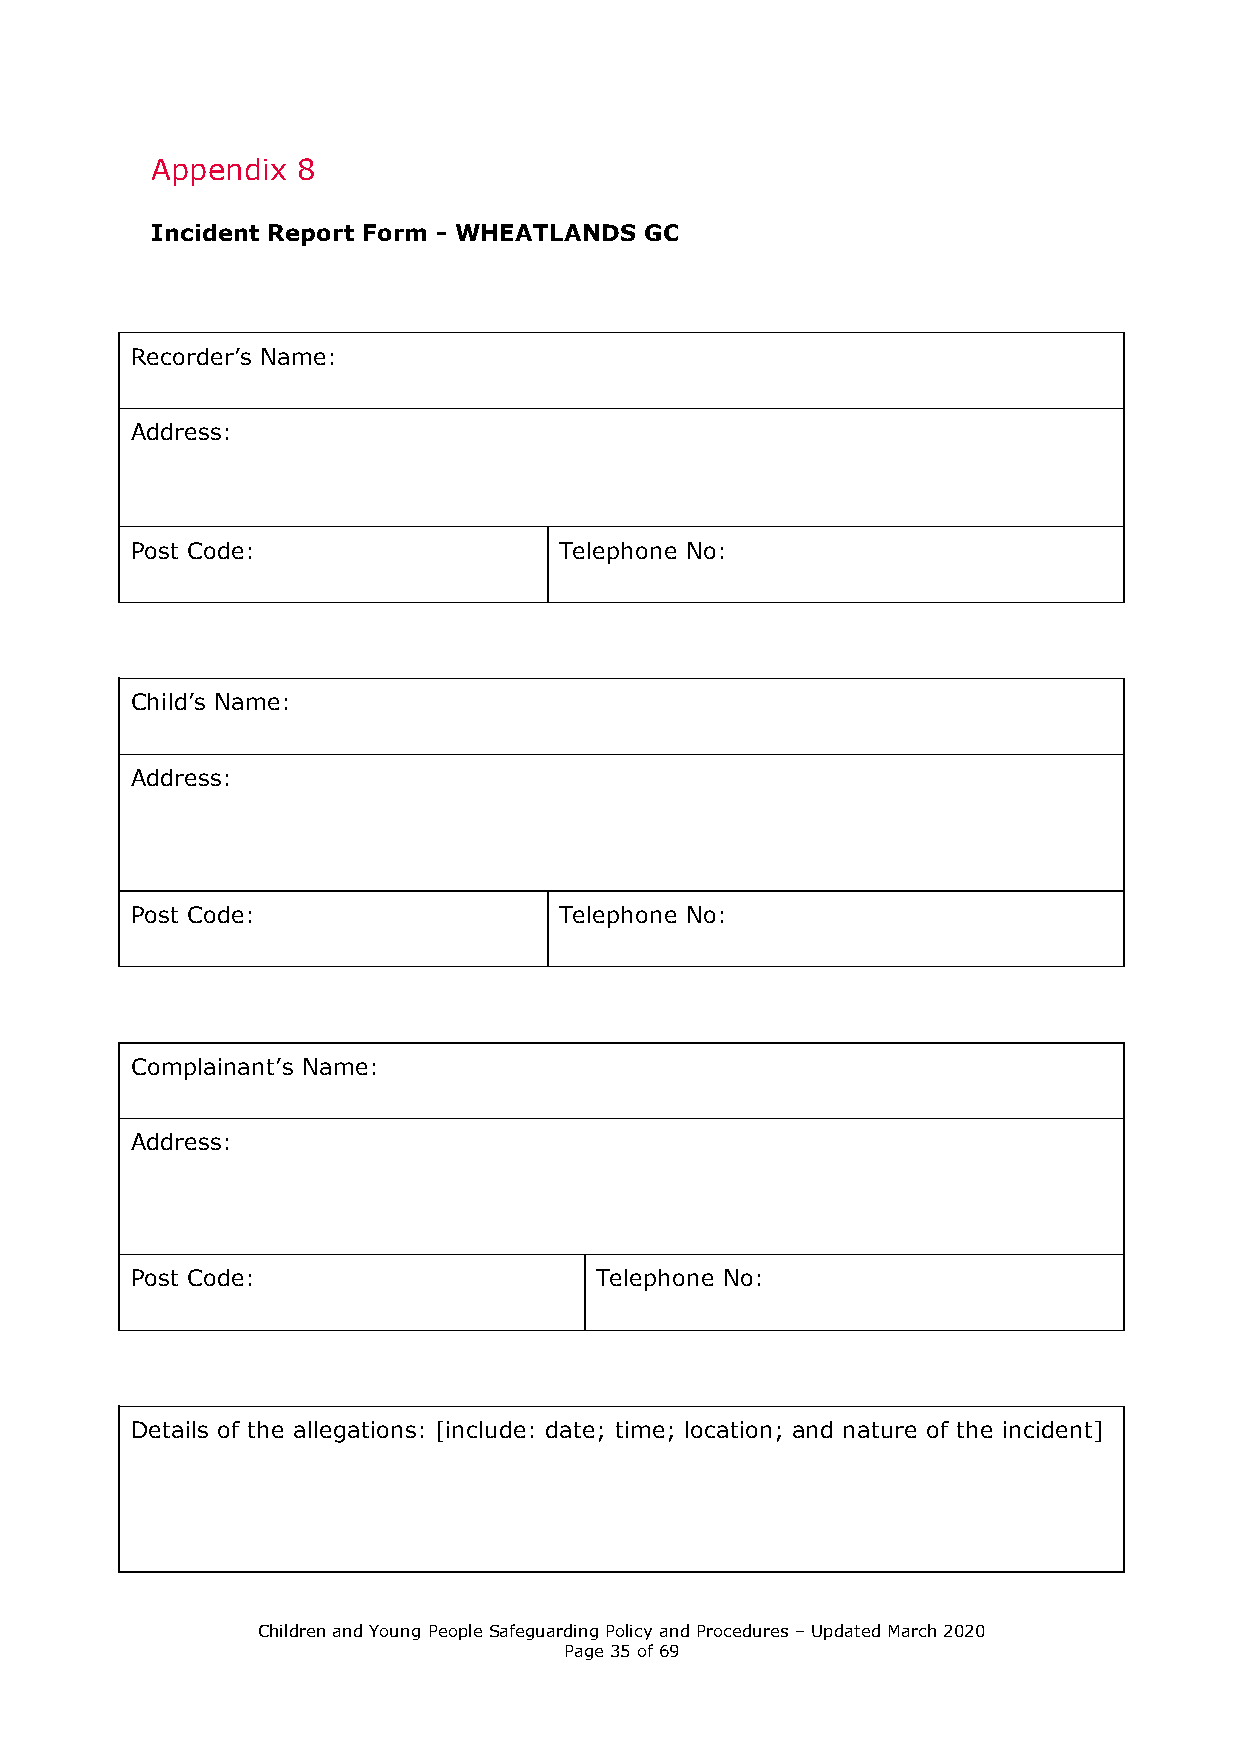
Appendix  8
 Incident Report Form - WHEATLANDS GC
 Recorder’s Name:
 Address:
 Post Code:                  Telephone No:
 Child’s Name:
 Address:
 Post Code:                  Telephone No:
 Complainant’s Name:
 Address:
 Post Code:                    Telephone No:
 Details of the allegations: [include: date; time; location; and nature of the incident]
 Children and Young People Safeguarding Policy and Procedures – Updated March 2020
 Page 35 of 69